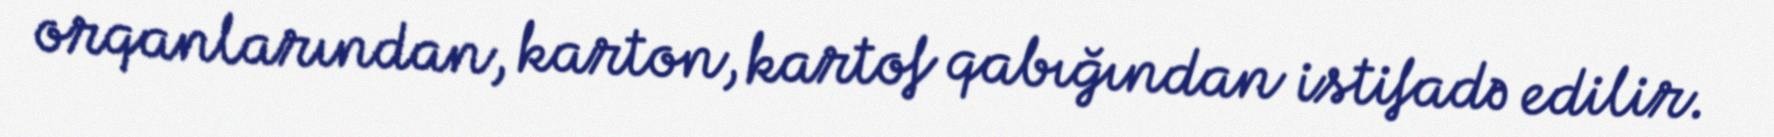
orqanlarından, karton, kartof qabığından istifadə edilir.